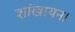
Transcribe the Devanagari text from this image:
शांखायन।